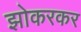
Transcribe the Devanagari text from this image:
झोकरकर